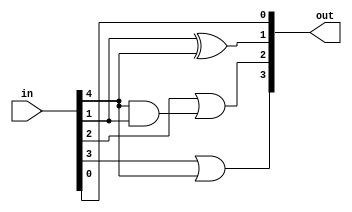
`timescale 1ns / 1ps
//////////////////////////////////////////////////////////////////////////////////
// Company: 
// Engineer: 
// 
// Design Name: 
// Module Name: bcd_to_binary
// Project Name: 
// Target Devices: 
// Tool Versions: 
// Description: 
// 
// Dependencies: 
// 
// Revision:
// Revision 0.01 - File Created
// Additional Comments:
// 
//////////////////////////////////////////////////////////////////////////////////


module bcd_to_binary (in,out);
	input [7:0] in;
	output [3:0] out;
	
	assign out[0]=in[0];
	assign out[1]=in[1]^in[4];
	assign out[2]=in[2]|(in[4]&in[1]);
	assign out[3]=in[3]|in[4];
	
endmodule